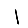
Digit: 1